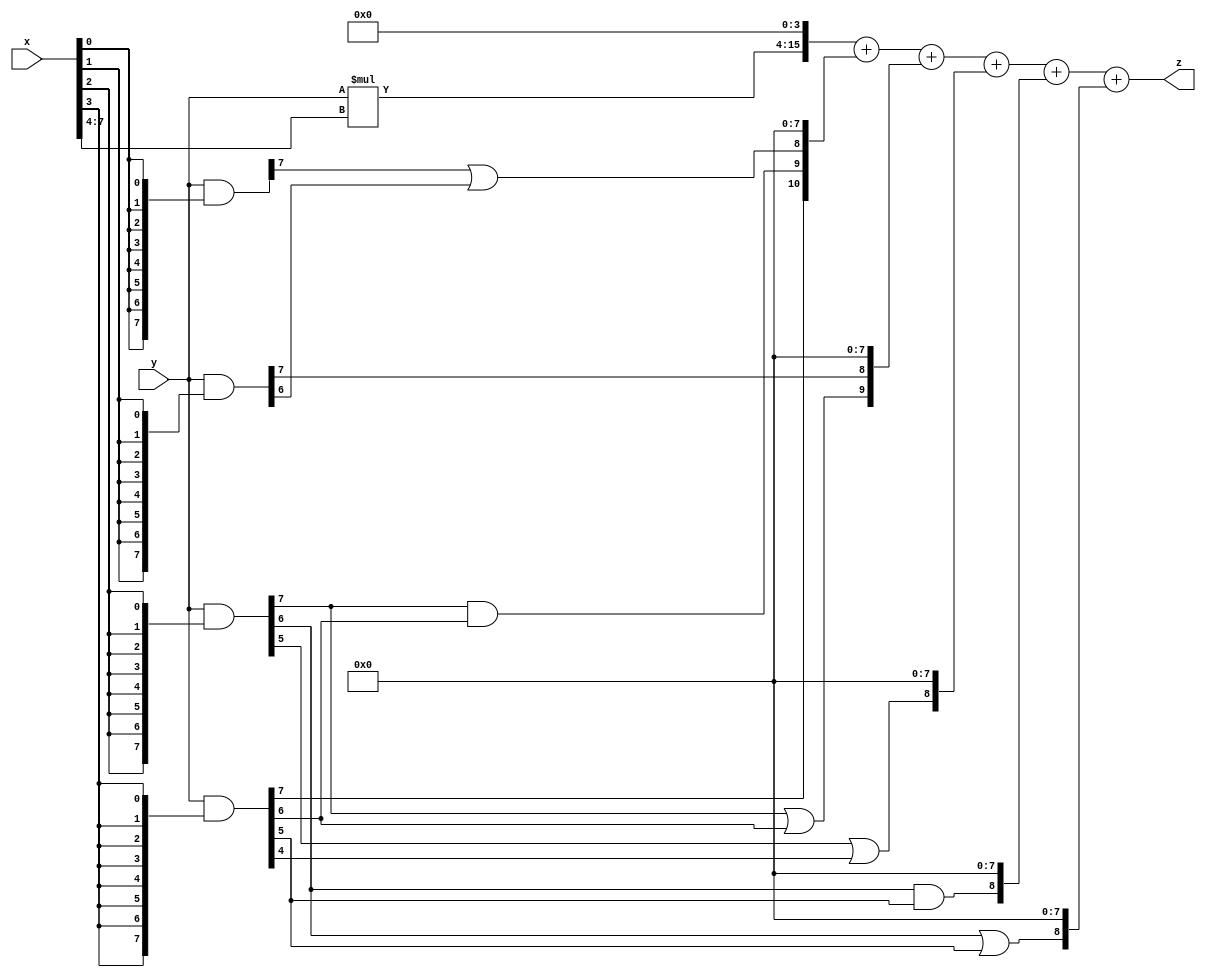
// terms: 8
// fval:  91386.25

module unsigned_8x8_l4_lamb10000_6 (
	input [7:0] x,
	input [7:0] y,
	output [15:0] z
);

wire [11:0] tmp_z = y*x[7:4];

wire [7:0] part1 =  y & {8{x[0]}};
wire [7:0] part2 =  y & {8{x[1]}};
wire [7:0] part3 =  y & {8{x[2]}};
wire [7:0] part4 =  y & {8{x[3]}};

wire [10:0] new_part1;
assign new_part1[0] = 0;
assign new_part1[1] = 0;
assign new_part1[2] = 0;
assign new_part1[3] = 0;
assign new_part1[4] = 0;
assign new_part1[5] = 0;
assign new_part1[6] = 0;
assign new_part1[7] = 0;
assign new_part1[8] = part1[7] | part2[6];
assign new_part1[9] = part3[7] & part4[6];
assign new_part1[10] = part4[7];

wire [9:0] new_part2;
assign new_part2[0] = 0;
assign new_part2[1] = 0;
assign new_part2[2] = 0;
assign new_part2[3] = 0;
assign new_part2[4] = 0;
assign new_part2[5] = 0;
assign new_part2[6] = 0;
assign new_part2[7] = 0;
assign new_part2[8] = part2[7];
assign new_part2[9] = part3[7] | part4[6];

wire [8:0] new_part3;
assign new_part3[0] = 0;
assign new_part3[1] = 0;
assign new_part3[2] = 0;
assign new_part3[3] = 0;
assign new_part3[4] = 0;
assign new_part3[5] = 0;
assign new_part3[6] = 0;
assign new_part3[7] = 0;
assign new_part3[8] = part3[5] | part4[4];

wire [8:0] new_part4;
assign new_part4[0] = 0;
assign new_part4[1] = 0;
assign new_part4[2] = 0;
assign new_part4[3] = 0;
assign new_part4[4] = 0;
assign new_part4[5] = 0;
assign new_part4[6] = 0;
assign new_part4[7] = 0;
assign new_part4[8] = part3[6] & part4[5];

wire [8:0] new_part5;
assign new_part5[0] = 0;
assign new_part5[1] = 0;
assign new_part5[2] = 0;
assign new_part5[3] = 0;
assign new_part5[4] = 0;
assign new_part5[5] = 0;
assign new_part5[6] = 0;
assign new_part5[7] = 0;
assign new_part5[8] = part3[6] | part4[5];

assign z = {tmp_z, 4'd 0} + new_part1 + new_part2 + new_part3 + new_part4 + new_part5;
endmodule